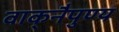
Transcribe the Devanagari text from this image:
वाक्‌नैपुण्य